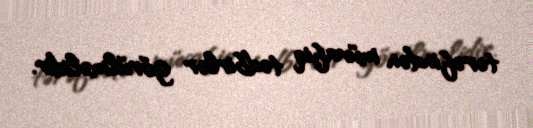
tərəfindən müvafiq tədbirlər görülməlidir.